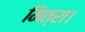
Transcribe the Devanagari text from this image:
मित्रा।